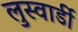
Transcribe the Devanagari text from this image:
लुस्वार्डी